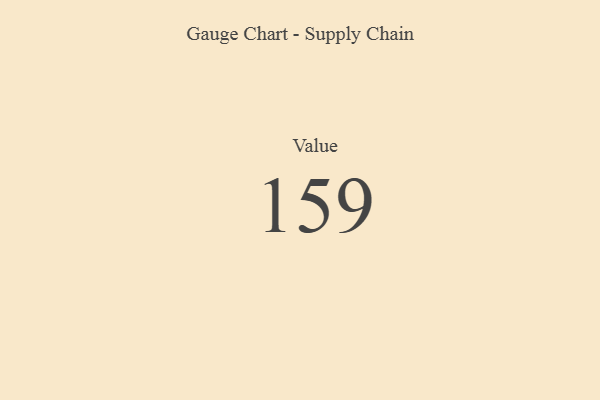
{"axis": {"x": "Metric", "y": "Value"}, "legend": [""], "data": [{"x": "Value", "y": 159, "type": ""}]}